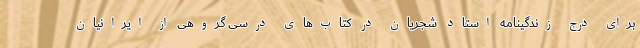
برای درج زندگینامه استاد شجریان در کتاب‌های درسی گروهی از ایرانیان